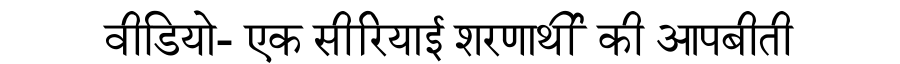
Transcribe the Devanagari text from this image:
वीडियो- एक सीरियाई शरणार्थी की आपबीती